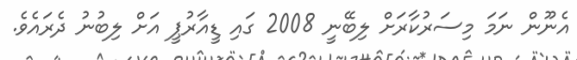
އެނޫން ނަމަ މިސަރުކާރަށް ލިބޭނީ 2008 ގައި ޑީއާރުޕީ އަށް ލިބުނު ދެރައެވެ.